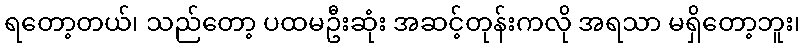
ရတော့တယ်၊ သည်တော့ ပထမဦးဆုံး အဆင့်တုန်းကလို အရသာ မရှိတော့ဘူး၊